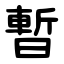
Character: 暫